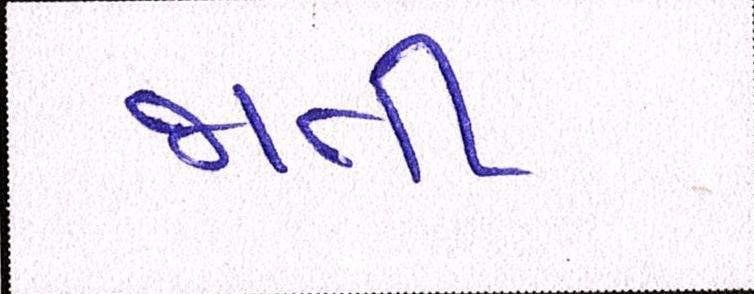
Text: જાતી